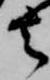
去